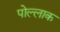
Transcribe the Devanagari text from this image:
पोल्लाक